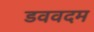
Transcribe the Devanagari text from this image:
डववदम